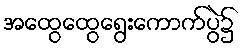
အထွေထွေရွေးကောက်ပွဲ၌